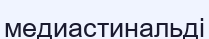
медиастинальді